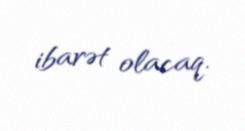
ibarət olacaq.